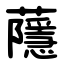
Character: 蘟